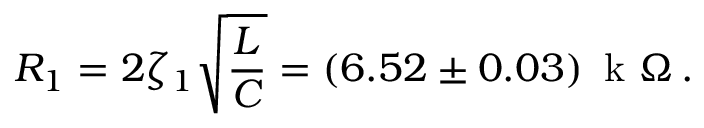
R _ { 1 } = 2 \zeta _ { 1 } \sqrt { \frac { L } { C } } = ( 6 . 5 2 \pm 0 . 0 3 ) \, \textrm { k } \Omega \, .